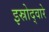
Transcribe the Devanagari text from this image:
इस्रोद्वारे